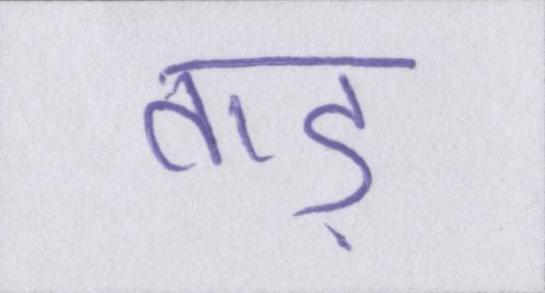
ताड़